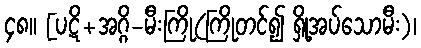
၄၈။ [ပဋိ+အဂ္ဂိ-မီးကြို(ကြိုတင်၍ ရှို့အပ်သောမီး)၊